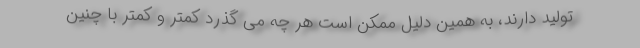
تولید دارند، به همین دلیل ممکن است هر چه می گذرد کمتر و کمتر با چنین